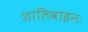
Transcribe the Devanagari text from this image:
शालिवाहनः